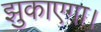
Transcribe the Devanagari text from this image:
झुकाएगा।